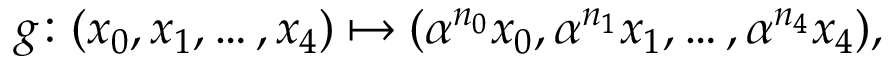
g \colon ( x _ { 0 } , x _ { 1 } , \ldots , x _ { 4 } ) \mapsto ( \alpha ^ { n _ { 0 } } x _ { 0 } , \alpha ^ { n _ { 1 } } x _ { 1 } , \ldots , \alpha ^ { n _ { 4 } } x _ { 4 } ) ,